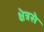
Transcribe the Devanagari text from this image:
क्षेत्रसे